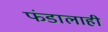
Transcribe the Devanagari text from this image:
फंडालाही